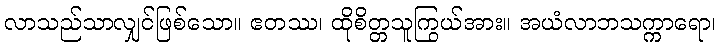
လာသည်သာလျှင်ဖြစ်သော။ ဧတဿ၊ ထိုစိတ္တသူကြွယ်အား။ အယံလာဘသက္ကာရော၊